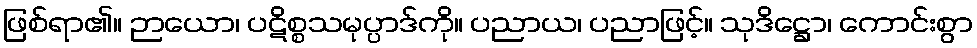
ဖြစ်ရာ၏။ ဉာယော၊ ပဋိစ္စသမုပ္ပာဒ်ကို။ ပညာယ၊ ပညာဖြင့်။ သုဒိဋ္ဌော၊ ကောင်းစွာ